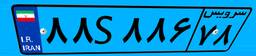
۲۹S۰۸۴۵۰